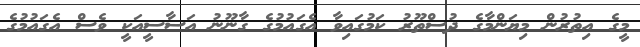
މީގެ އިތުރުން މިޔަންމާގެ ދުސްތޫރު ކަމުގައިވާ އެގައުމުގެ ގާނޫނު އަސާސީއަކީ ވެސް އެގައުމުގެ